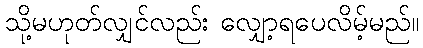
သို့မဟုတ်လျှင်လည်း လျှော့ရပေလိမ့်မည်။